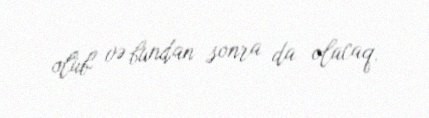
olub və bundan sonra da olacaq.